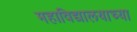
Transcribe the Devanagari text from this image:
महाविद्यालयाच्‍या